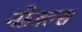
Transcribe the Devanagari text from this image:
नोज़ल्स